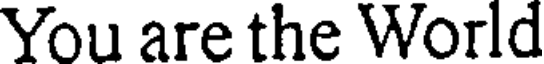
You are the World